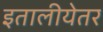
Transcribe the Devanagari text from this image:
इतालीयेतर